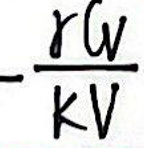
$-\frac{r_{W}}{K_{V}}$